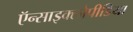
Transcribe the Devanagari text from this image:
ऍन्साइक्लोपीडिया